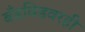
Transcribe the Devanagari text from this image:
बँडविडवरही